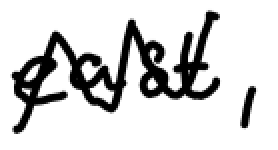
Text: east,
Cross-out: zig-zag
Writing tool: digital_black